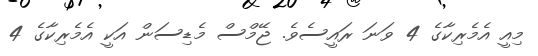
މިއީ އެމެރިކާގެ 4 ވަނަ ރައީސެވެ. ޖޭމްސް މެޑިސަން އަކީ އެމެރިކާގެ 4